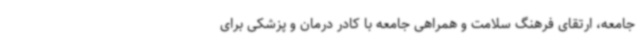
جامعه، ارتقای فرهنگ سلامت و همراهی جامعه با کادر درمان و پزشکی برای